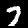
Digit: 7